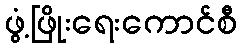
ဖွံ့ဖြိုးရေးကောင်စီ